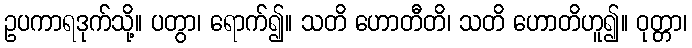
ဥပကာရဒုက်သို့။ ပတွာ၊ ရောက်၍။ သတိ ဟောတီတိ၊ သတိ ဟောတိဟူ၍။ ဝုတ္တာ၊